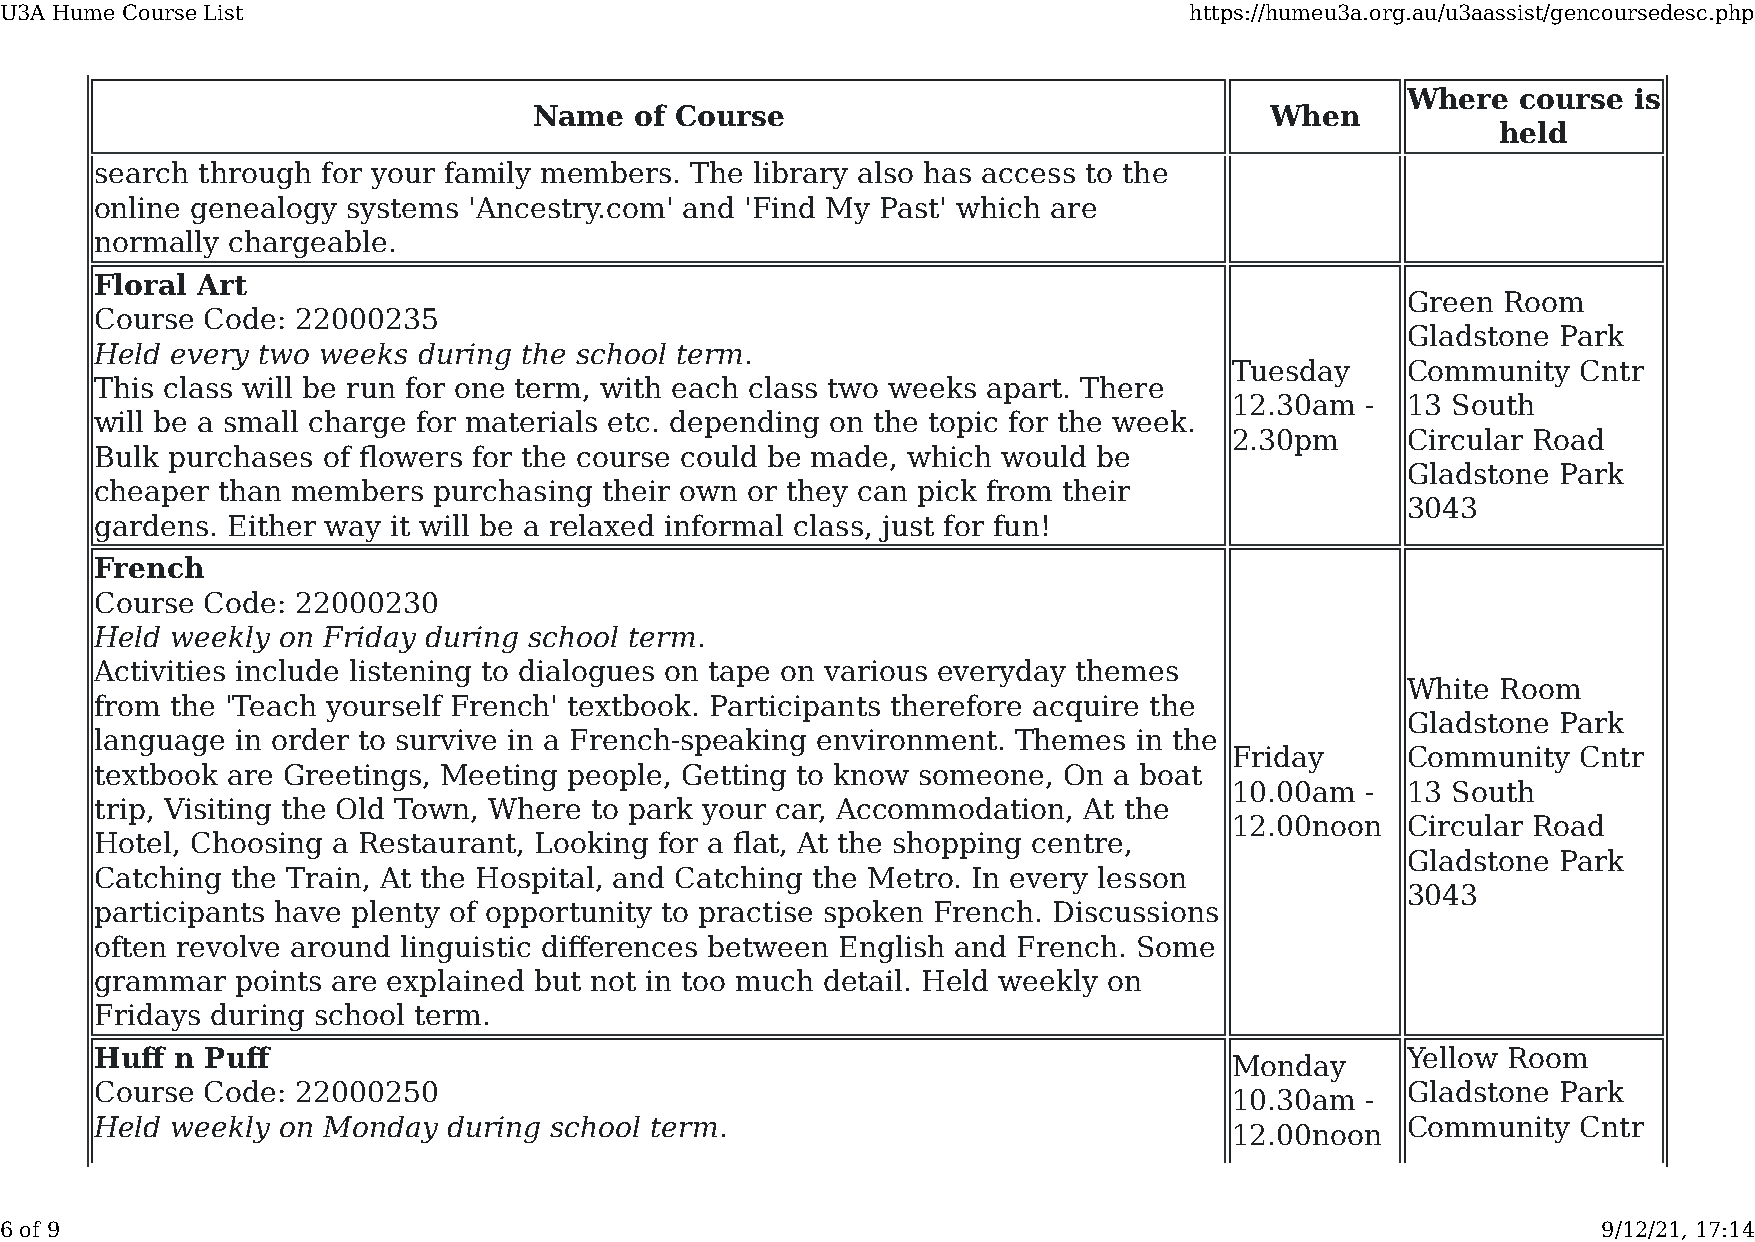
U3A Hume Course List                                                           https://humeu3a.org.au/u3aassist/gencoursedesc.php
 Where   course is
 Name   of Course                                 When
 held
 search through for your family members. The library also has access to the
 online genealogy systems 'Ancestry.com' and 'Find My Past' which are
 normally chargeable.
 Floral Art
 Green Room
 Course  Code: 22000235
 Gladstone Park
 Held every two weeks  during the school term.
 Tuesday    Community   Cntr
 This class will be run for one term, with each class two weeks apart. There
 12.30am -  13 South
 will be a small charge for materials etc. depending on the topic for the week.
 2.30pm     Circular Road
 Bulk purchases of flowers for the course could be made, which would be
 Gladstone Park
 cheaper than members   purchasing their own or they can pick from their
 3043
 gardens. Either way it will be a relaxed informal class, just for fun!
 French
 Course  Code: 22000230
 Held weekly  on Friday during school term.
 Activities include listening to dialogues on tape on various everyday themes
 White Room
 from the 'Teach yourself French' textbook. Participants therefore acquire the
 Gladstone Park
 language  in order to survive in a French-speaking environment. Themes in the
 Friday     Community   Cntr
 textbook are Greetings, Meeting people, Getting to know someone, On a boat
 10.00am -  13 South
 trip, Visiting the Old Town, Where to park your car, Accommodation, At the
 12.00noon  Circular Road
 Hotel, Choosing a Restaurant, Looking for a flat, At the shopping centre,
 Gladstone Park
 Catching the Train, At the Hospital, and Catching the Metro. In every lesson
 3043
 participants have plenty of opportunity to practise spoken French. Discussions
 often revolve around linguistic differences between English and French. Some
 grammar   points are explained but not in too much detail. Held weekly on
 Fridays during school term.
 Huff  n Puff                                                                           Yellow Room
 Monday
 Course  Code: 22000250                                                                 Gladstone Park
 10.30am -
 Held weekly  on Monday  during school term.                                            Community   Cntr
 12.00noon
 6 of 9                                                                                                    9/12/21, 17:14